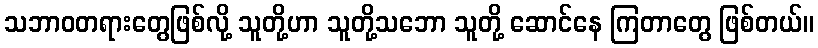
သဘာဝတရားတွေဖြစ်လို့ သူတို့ဟာ သူတို့သဘော သူတို့ ဆောင်နေ ကြတာတွေ ဖြစ်တယ်။